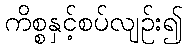
ကိစ္စနှင့်စပ်လျဉ်း၍